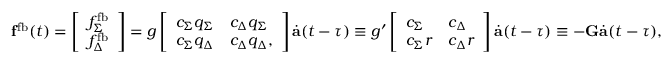
\mathbf { f } ^ { \mathrm { f b } } ( t ) = \left[ \begin{array} { l } { f _ { \Sigma } ^ { \mathrm { f b } } } \\ { f _ { \Delta } ^ { \mathrm { f b } } } \end{array} \right] = g \left[ \begin{array} { l l } { c _ { \Sigma } q _ { \Sigma } } & { c _ { \Delta } q _ { \Sigma } } \\ { c _ { \Sigma } q _ { \Delta } } & { c _ { \Delta } q _ { \Delta } , } \end{array} \right] \dot { \mathbf { a } } ( t - \tau ) \equiv g ^ { \prime } \left[ \begin{array} { l l } { c _ { \Sigma } } & { c _ { \Delta } } \\ { c _ { \Sigma } r } & { c _ { \Delta } r } \end{array} \right] \dot { \mathbf { a } } ( t - \tau ) \equiv - \mathbf { G } \dot { \mathbf { a } } ( t - \tau ) ,